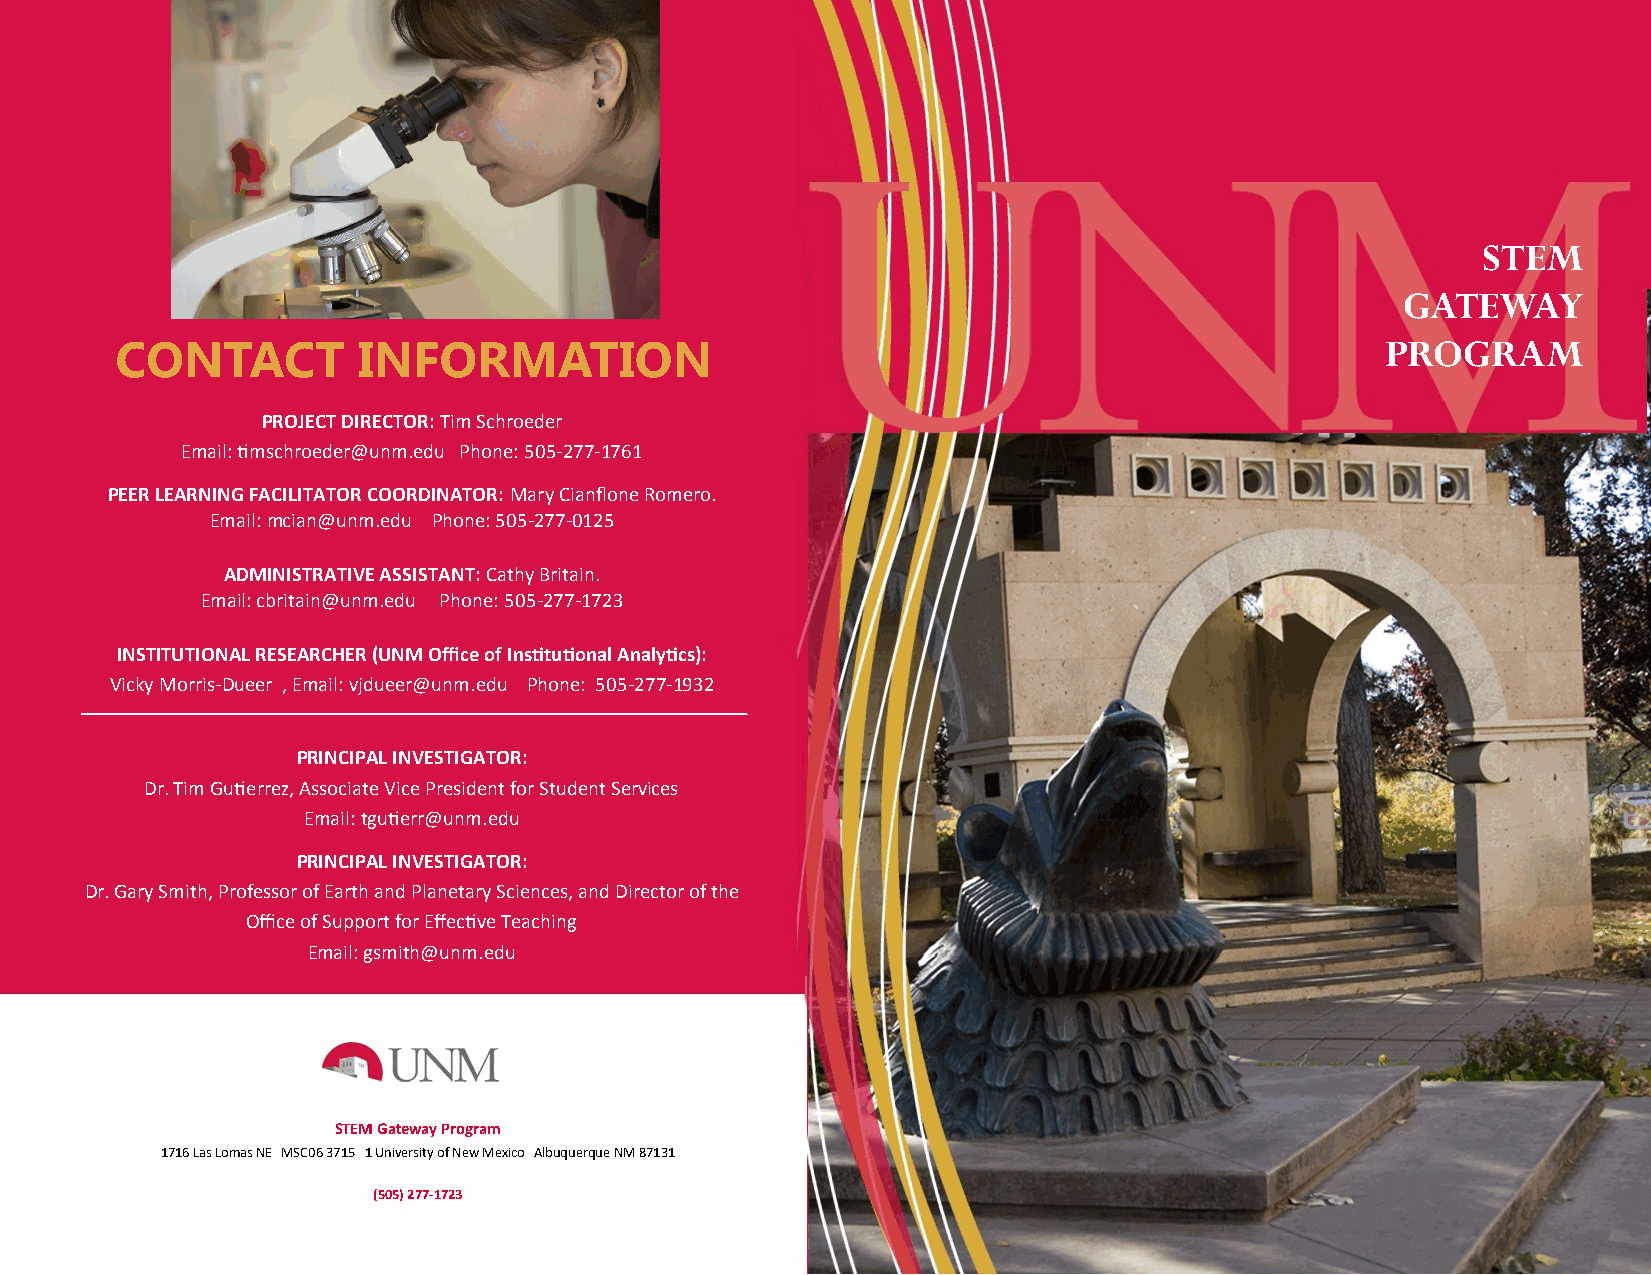
STEM
 GATEWAY
 CONTACT         INFORMATION                                                         PROGRAM
 PROJECT DIRECTOR: Tim Schroeder
 Email: timschroeder@unm.edu Phone: 505-277-1761
 PEER LEARNING FACILITATOR COORDINATOR: Mary Cianflone Romero.
 Email: mcian@unm.edu Phone: 505-277-0125
 ADMINISTRATIVE ASSISTANT: Cathy Britain.
 Email: cbritain@unm.edu Phone: 505-277-1723
 INSTITUTIONAL RESEARCHER (UNM Office of Institutional Analytics):
 Vicky Morris-Dueer , Email: vjdueer@unm.edu Phone: 505-277-1932
 PRINCIPAL INVESTIGATOR:
 Dr. Tim Gutierrez, Associate Vice President for Student Services
 Email: tgutierr@unm.edu
 PRINCIPAL INVESTIGATOR:
 Dr. Gary Smith, Professor of Earth and Planetary Sciences, and Director of the
 Office of Support for Effective Teaching
 Email: gsmith@unm.edu
 STEM Gateway Program
 1716 Las Lomas NE MSC06 3715 1 University of New Mexico Albuquerque NM 87131
 (505) 277-1723